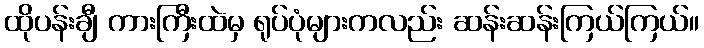
ထိုပန်းချီ ကားကြီးထဲမှ ရုပ်ပုံများကလည်း ဆန်းဆန်းကြယ်ကြယ်။